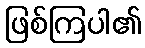
ဖြစ်ကြပါ၏